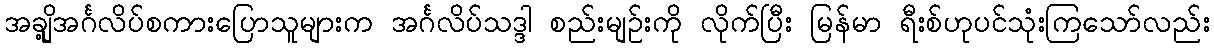
အချို့အင်္ဂလိပ်စကားပြောသူများက အင်္ဂလိပ်သဒ္ဒါ စည်းမျဉ်းကို လိုက်ပြီး မြန်မာ ရီးစ်ဟုပင်သုံးကြသော်လည်း